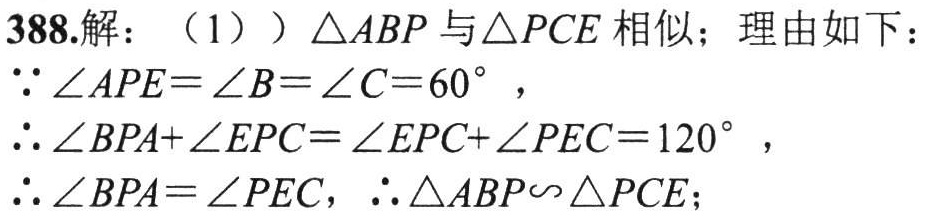
388.解：（1））\(\triangle ABP\)与\(\triangle PCE\)相似；理由如下：
\(\because \angle APE = \angle B=\angle C = 60^{\circ}\)，
\(\therefore \angle BPA+\angle EPC=\angle EPC+\angle PEC = 120^{\circ}\)，
\(\therefore \angle BPA=\angle PEC\)，\(\therefore \triangle ABP\backsim\triangle PCE\)；